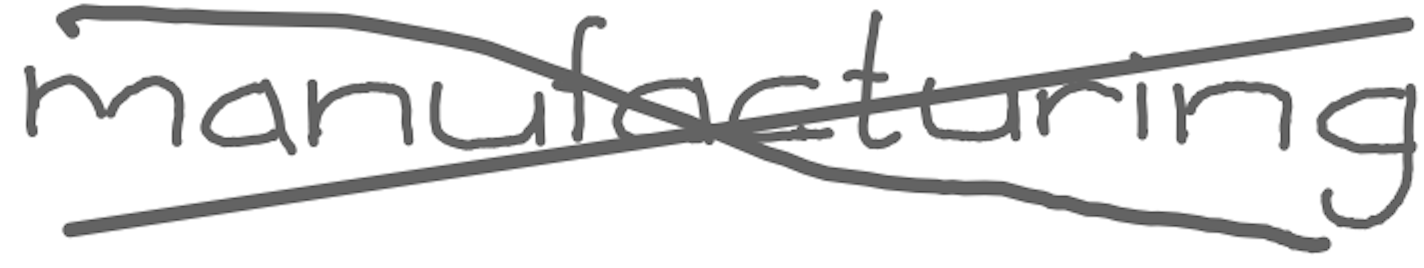
Text: manufacturing
Cross-out: cross
Writing tool: digital_gray